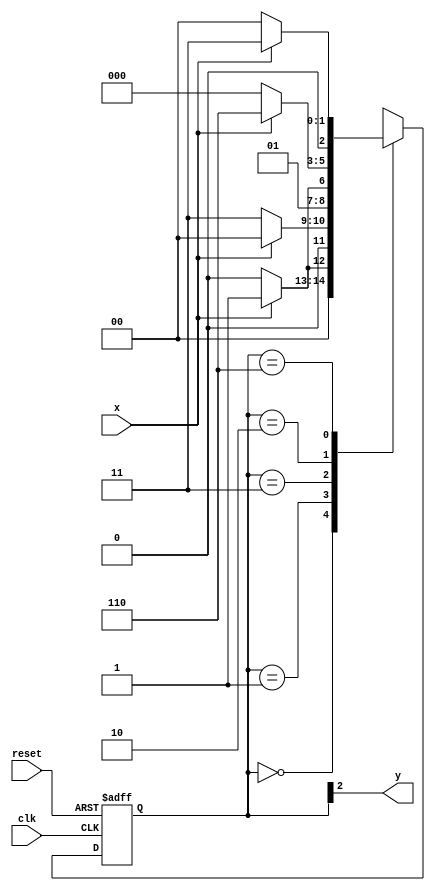
 // ------------------------- 
// Moore FSM 1001
// Nome: Lucas Cardoso 
// ------------------------- 
// ------------------------- 
/* 
Moore FSM Diagram 
____________________ 
/ \ 
1 1 v 0 1 1 | // found 
[start] ---> [id1] ---> [id11] ---> [id110] ---> [id1101] 
^ \0 0 | 1/ ^ 0 | 0 | 
\_/ / \__/ | | 
\_______/ / | 
\ / / 
\______________________/ / 
\ / 
\__________________________/ 

*/ 

// constant definition 
`define found 1 
`define notfound 0 

// FSM by Moore 
module moore1001 ( y, x, clk, reset ); 

output y; 
input x; 
input clk; 
input reset; 
reg y; 

// ------------------------- definir dados 
parameter // state identifiers 

start = 3'b000, 
id1 = 3'b001, 
id11 = 3'b011, 
id110 = 3'b010, 
id1101 = 3'b110; // signal found 
reg [2:0] E1; // current state variables 
reg [2:0] E2; // next state logic output 

// ------------------------- parte principal 
// next state logic 
always @( x or E1 ) 
begin 

case( E1 ) 
start: 
if ( x ) 
E2 = id1; 
else 
E2 = start; 
id1: 
if ( x ) 
E2 = start; 
else 
E2 = id11; 
id11: 
if ( x ) 
E2 = id11; 
else 
E2 = id110; 
id110: 
if ( x ) 
E2 = id1101; 
else 
E2 = start; 
id1101: 
if ( x ) 
E2 = id11; 
else 
E2 = start; 
default: // undefined statee 
E2 = 3'bxxx; 
endcase 

end // always at signal or state changing 
// state variables 

always @( posedge clk or negedge reset ) 

begin 
if ( reset ) 
E1 = E2; // updates current state 
else 
E1 = 0; // reset 

end // always at signal changing 
// output logic 

always @( E1 )
begin 
y = E1[2]; // first bit of state value 

end // always at state changing 
endmodule // moore1101